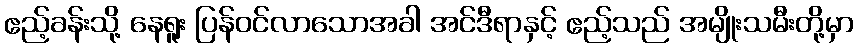
ဧည့်ခန်းသို့ နေရူး ပြန်ဝင်လာသောအခါ အင်ဒီရာနှင့် ဧည့်သည် အမျိုးသမီးတို့မှာ